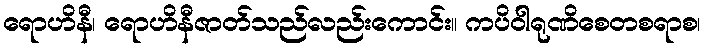
ရောဟိနီ၊ ရောဟိနီဇာတ်သည်လည်းကောင်း။ ကပိဝါရုဏိစေတစရာစ၊